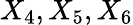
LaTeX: X_{4},X_{5},X_{6}